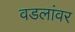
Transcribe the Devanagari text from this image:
वडलांवर